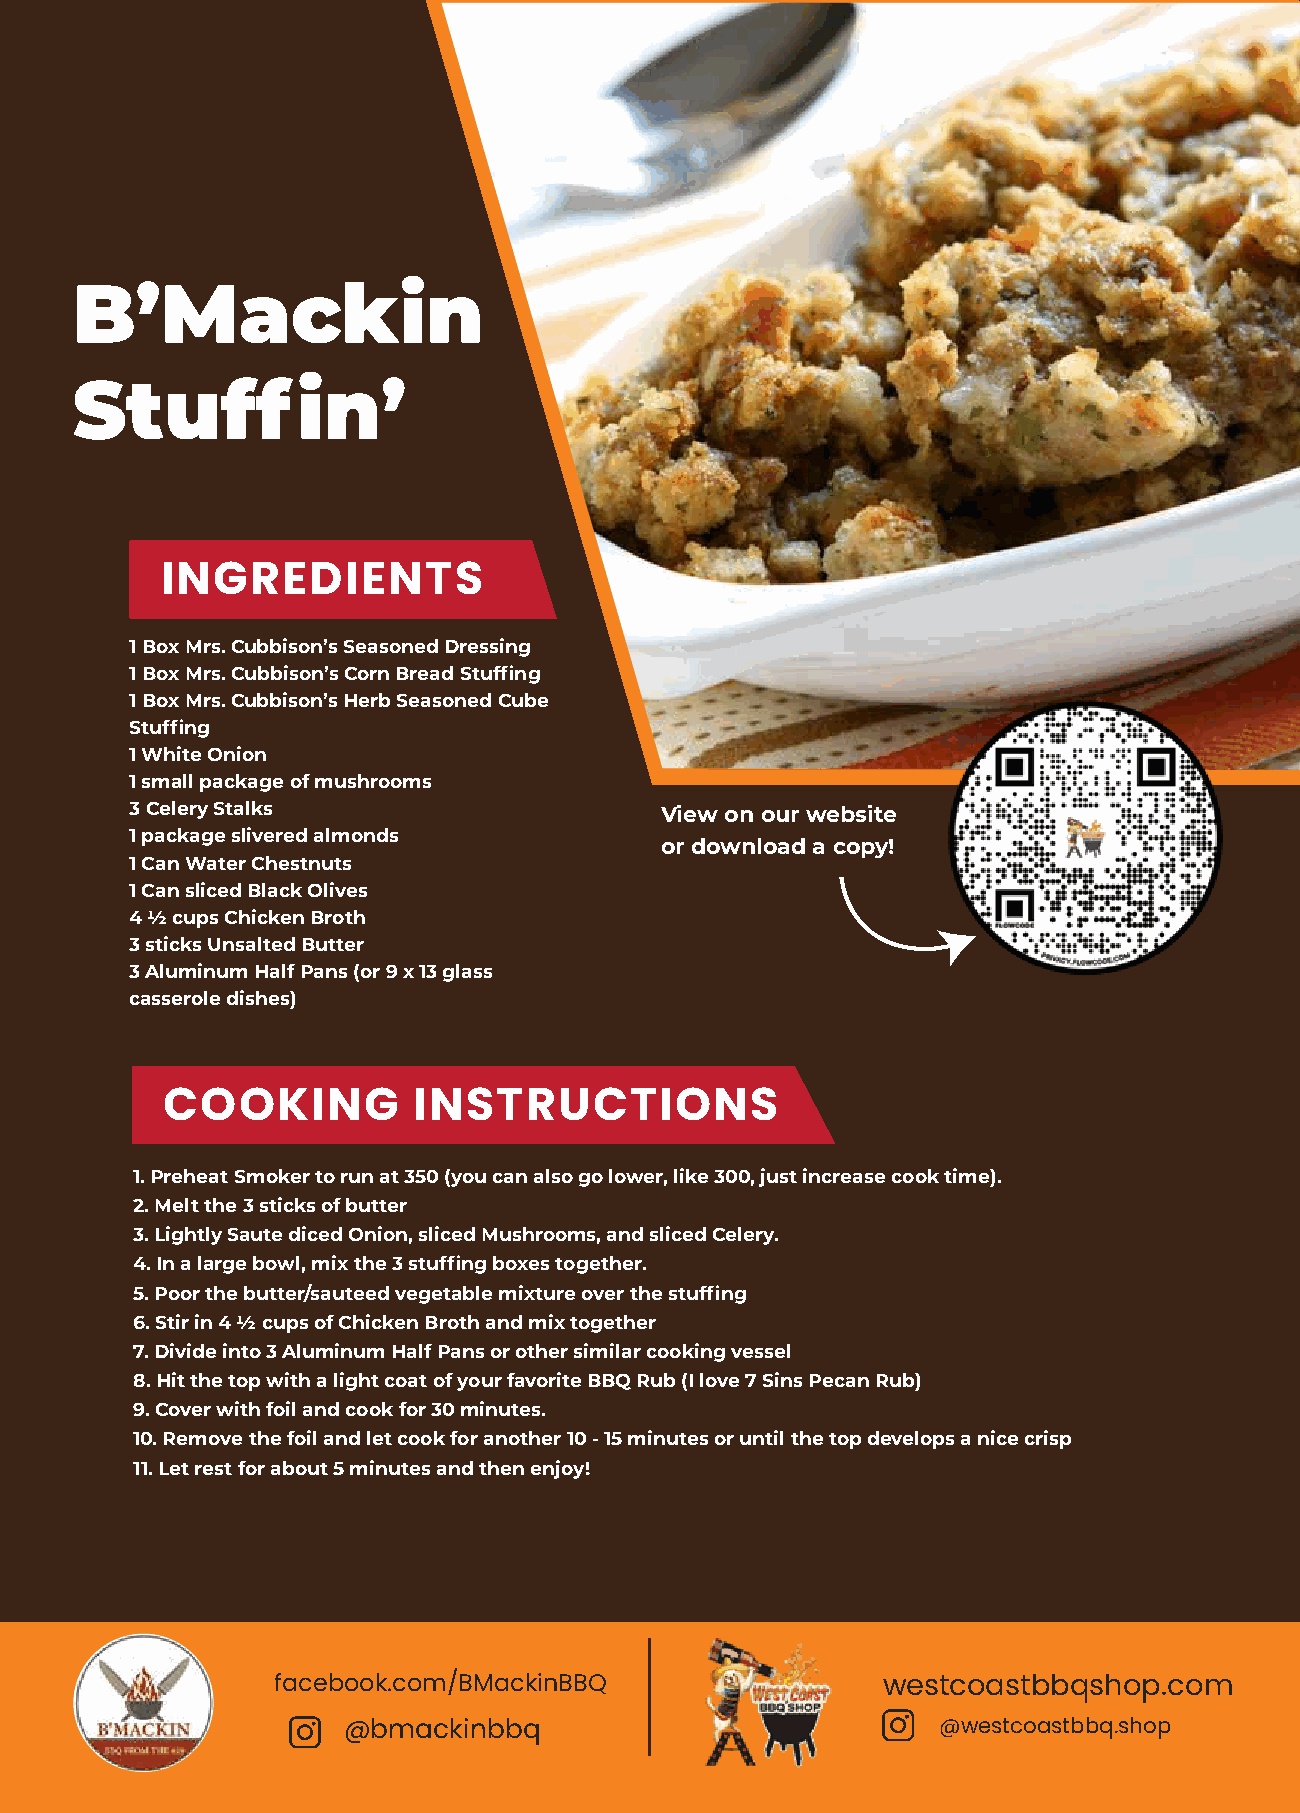
B’Mackin
 Stuffin’
 INGREDIENTS
 1 Box Mrs. Cubbison’s Seasoned Dressing
 1 Box Mrs. Cubbison’s Corn Bread Stuffing
 1 Box Mrs. Cubbison’s Herb Seasoned Cube
 Stuffing
 1 White Onion
 1 small package of mushrooms
 3 Celery Stalks                    View on our website
 1 package slivered almonds
 or download a copy!
 1 Can Water Chestnuts
 1 Can sliced Black Olives
 4 ½ cups Chicken Broth
 3 sticks Unsalted Butter
 3 Aluminum Half Pans (or 9 x 13 glass
 casserole dishes)
 COOKING         INSTRUCTIONS
 1. Preheat Smoker to run at 350 (you can also go lower, like 300, just increase cook time).
 2. Melt the 3 sticks of butter
 3. Lightly Saute diced Onion, sliced Mushrooms, and sliced Celery.
 4. In a large bowl, mix the 3 stuffing boxes together.
 5. Poor the butter/sauteed vegetable mixture over the stuffing
 6. Stir in 4 ½ cups of Chicken Broth and mix together
 7. Divide into 3 Aluminum Half Pans or other similar cooking vessel
 8. Hit the top with a light coat of your favorite BBQ Rub (I love 7 Sins Pecan Rub)
 9. Cover with foil and cook for 30 minutes.
 BEST     RECIPES
 10. Remove the foil and let cook for another 10 - 15 minutes or until the top develops a nice crisp
 11. Let rest for about 5 minutes and then enjoy!
 Laoreet dolore magna aliquam erat volutpat ut
 adipiscing elit, sed diam nibh
 facebook.com/BMackinBBQ                 westcoastbbqshop.com
 @bmackinbbq                            @westcoastbbq.shop